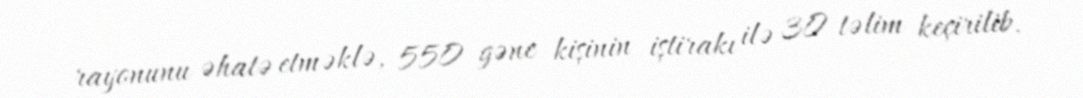
rayonunu əhatə etməklə, 550 gənc kişinin iştirakı ilə 30 təlim keçirilib.